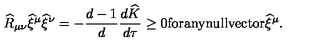
\widehat { R } _ { \mu \nu } \widehat { \xi } ^ { \mu } \widehat { \xi } ^ { \nu } = - \frac { d - 1 } { d } \frac { d \widehat { K } } { d \tau } \ge 0 \mathrm { f o r a n y n u l l v e c t o r } \widehat { \xi } ^ { \mu } .